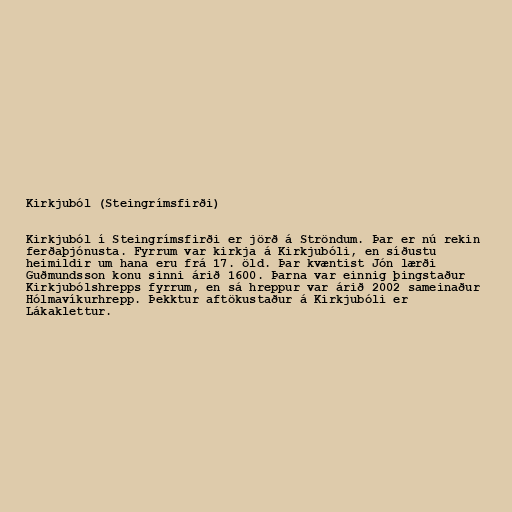
Kirkjuból (Steingrímsfirði)

Kirkjuból í Steingrímsfirði er jörð á Ströndum. Þar er nú rekin
ferðaþjónusta. Fyrrum var kirkja á Kirkjubóli, en síðustu
heimildir um hana eru frá 17. öld. Þar kvæntist Jón lærði
Guðmundsson konu sinni árið 1600. Þarna var einnig þingstaður
Kirkjubólshrepps fyrrum, en sá hreppur var árið 2002 sameinaður
Hólmavíkurhrepp. Þekktur aftökustaður á Kirkjubóli er
Lákaklettur.